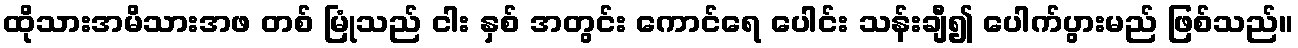
ထိုသားအမိသားအဖ တစ် မြုံသည် ငါး နှစ် အတွင်း ကောင်ရေ ပေါင်း သန်းချီ၍ ပေါက်ပွားမည် ဖြစ်သည်။